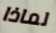
لماذا